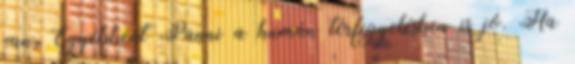
van. Egyébként Panni a humán térfigyelésben is jó. Ha